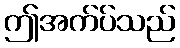
ဤအက်ပ်သည်